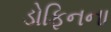
ડોફિનના